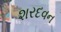
શરદવન